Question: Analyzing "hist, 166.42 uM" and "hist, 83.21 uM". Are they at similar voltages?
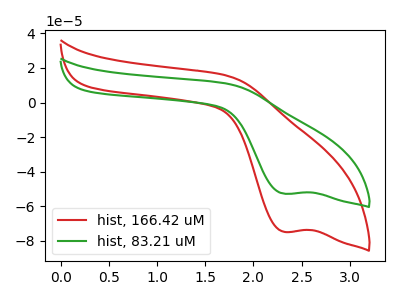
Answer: <think>The red curve "hist, 166.42 uM" has a cathodic peak at: (2.30V, -74.75uA). The green curve "hist, 83.21 uM" has a cathodic peak at: (2.30V, -52.70uA).
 All the peaks in "hist, 166.42 uM" have a peak in "hist, 83.21 uM" at the same potential. Every peak in "hist, 166.42 uM" is higher than every peak in "hist, 83.21 uM".</think>
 <answer>"hist, 166.42 uM" and "hist, 83.21 uM" are similar in shape.</answer>
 <eval>same_shape</eval>